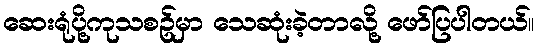
ဆေးရုံပို့ကုသစဥ်မှာ သေဆုံးခဲ့တာလို့ ဖော်ပြပါတယ်။